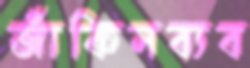
জাঁকিসব্যব